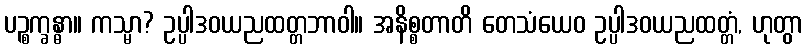
ပဉ္စက္ခန္ဓာ။ ကသ္မာ? ဥပ္ပါဒဝယညထတ္တဘာဝါ။ အနိစ္စတာတိ တေသံယေဝ ဥပ္ပါဒဝယညထတ္တံ, ဟုတွာ